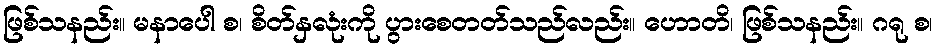
ဖြစ်သနည်း။ မနာပေါ စ၊ စိတ်နှလုံးကို ပွားစေတတ်သည်လည်း။ ဟောတိ၊ ဖြစ်သနည်း။ ဂရု စ၊